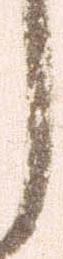
し